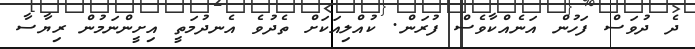
ދެ ދުވަސް ފަހުން އަނެއްކާވެސް ފުރަން. ކުއްލިއަކަށް ތެދުވެ އެނދުމަތީ އިށީންނަމުން ރިޔާސާ